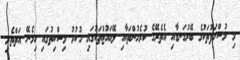
މި މުސްހަފުތަކުގެ ބޭރުގަނޑާއި އެތެރޭގެ ކުރެހުންތަކާއި ލޭއައުޓްތަކުގައި ހުކުރު މިސްކިތުގައި ހިމެނޭ އަތްތެރި